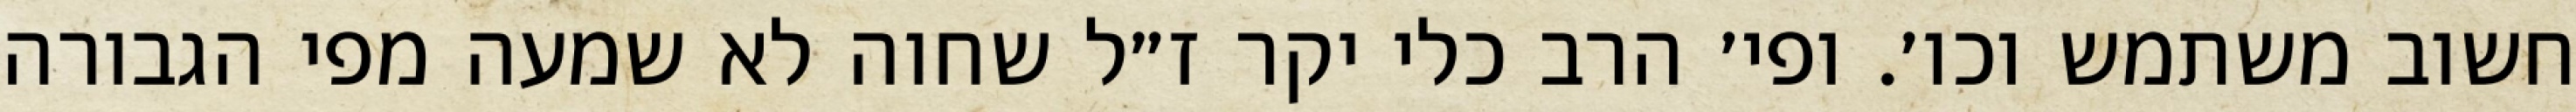
חשוב משתמש וכו׳. ופי׳ הרב כלי יקר ז״ל שחוה לא שמעה מפי הגבורה